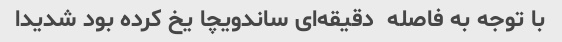
با توجه به فاصله  دقیقه‌ای ساندویچا یخ کرده بود شدیدا